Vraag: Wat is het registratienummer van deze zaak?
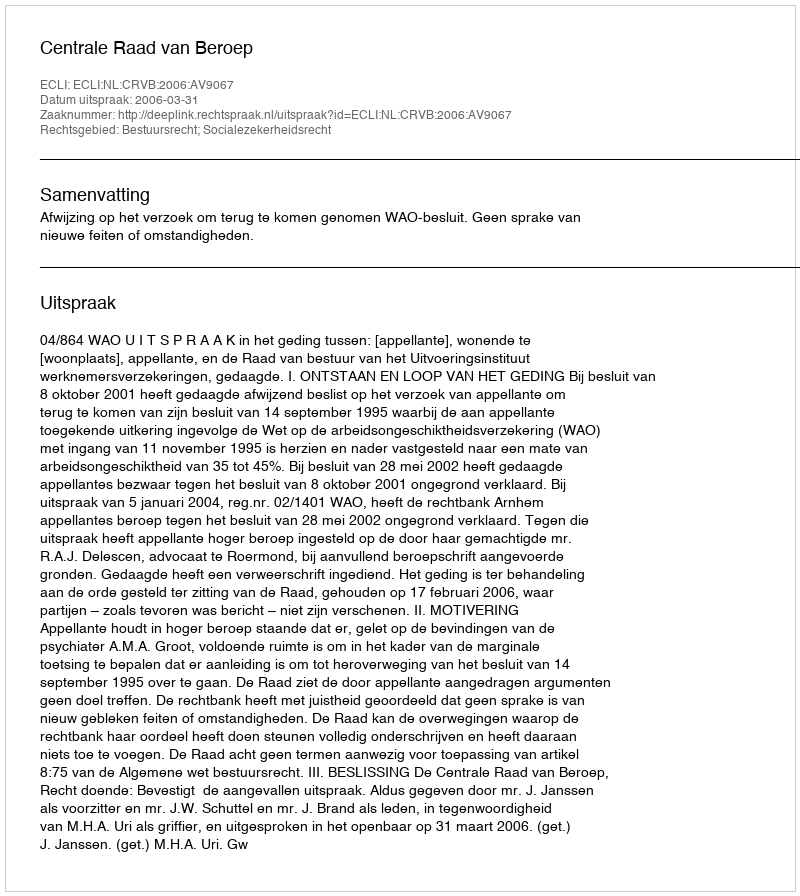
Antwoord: http://deeplink.rechtspraak.nl/uitspraak?id=ECLI:NL:CRVB:2006:AV9067